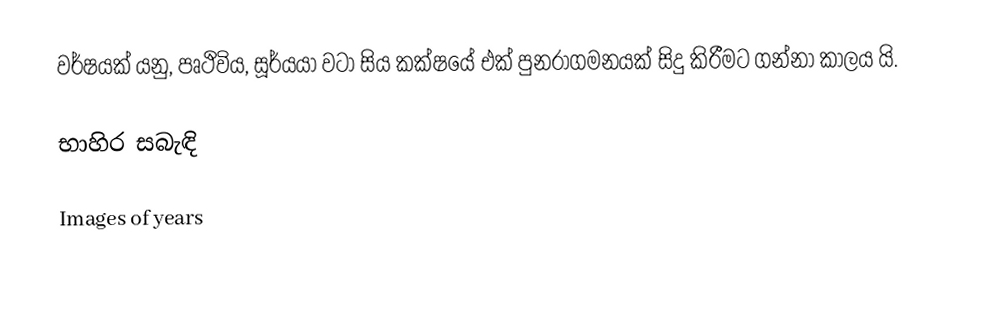
වර්ෂයක් යනු, පෘථිවිය, සූර්යයා වටා සිය කක්ෂයේ එක් පුනරාගමනයක් සිදු කිරීමට ගන්නා කාලය යි.

භාහිර සබැඳි

 Images of years